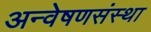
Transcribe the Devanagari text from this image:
अन्वेषणसंस्था